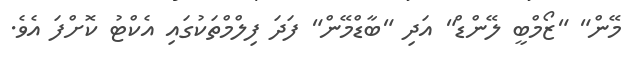
މޭން" "ޒޯމްބީ ލޭންޑް" އަދި "ބާޑްމޭން" ފަދަ ފިލްމްތަކުގައި އެކްޓު ކޮށްފަ އެވެ.